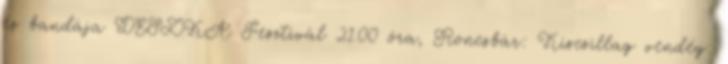
és bandája DESZKA Fesztivál 21.00 óra, Roncsbár: Kiscsillag vendég: